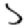
Digit: 5